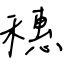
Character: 穗